system: You are a helpful assistant.
user:
Analyze the provided spectrum to determine if it is a **Carbon Star (C-type)**.

- **Key Visual Indicators of Carbon Star:**
    - **(Primary):** Strong molecular absorption from **C₂ (diatomic carbon) "Swan Bands."** This is the **defining feature** of a carbon star.
        - **(Key Bandheads):** Sharp absorption edges are visible at approximately $5635$ Å, $5165$ Å (the strongest band), and $4737$ Å.
        - **(Line Profile):** Creates a distinct **"saw-tooth"** pattern. The key morphology is a sharp, steep bandhead on the **red (long-wavelength) side**, which then gradually tapers off (i.e., flux recovers) towards the **blue (short-wavelength) side**. *(This is the direct opposite of the TiO bands seen in M-type stars)*.

    - **(Secondary):** Intense **CN (cyanogen)** molecular absorption bands.
        - **(Key Bandheads):** Located in the blue and violet regions of the spectrum (e.g., near $4215$ Å and $3883$ Å).
        - **(Morphology):** These bands are extremely broad and act as a "blanket," absorbing the vast majority of blue and violet light. This creates a characteristic **"cliff"** or **"steep drop-off"** in the spectrum's flux at short wavelengths.

    - **(Key Confirmation):** Strong **CH absorption band (G-band)**.
        - **(Key Bandhead):** Located around $4300$ Å. The contribution from CH molecules to this band is exceptionally strong.

    - **(Overall Spectrum):**
        - The continuum is severely "chopped up" by these deep molecular bands, especially C₂, rather than appearing as a smooth curve.
        - Due to the heavy CN and C₂ absorption in the blue-green, the vast majority of the star's flux is concentrated in the red part of the spectrum, giving the star its characteristic deep red color.

Think first, call **spectral_visualization_tool** if needed to examine features in detail, then provide your final answer. Your response must adhere to the following strict rules:
1.  **Overall Structure:** Your response must follow the format `<think>...</think> <tool_call>...</tool_call> (if a tool is used) <answer>...</answer>`.
2.  **Tool Usage Constraint:** You may only make **one** tool call per turn.
3.  **Final Answer Format:** In the `<answer>` tag, your conclusion must be inside a `\boxed{}` command (e.g., `\boxed{YES}`), followed by your justification.

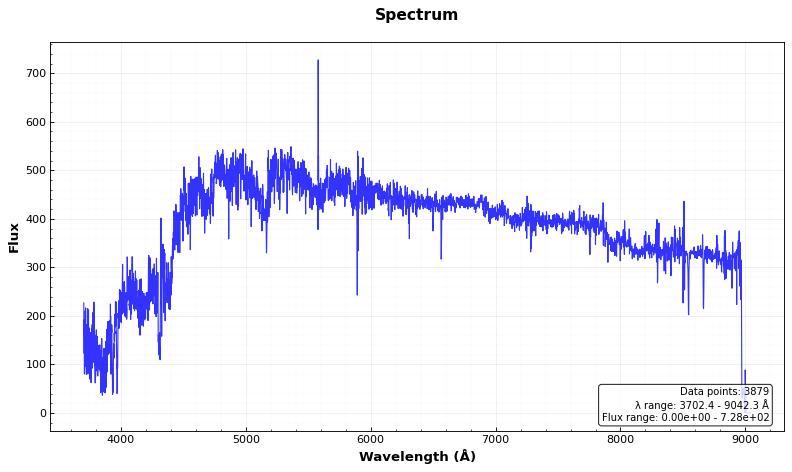
Answer: YES